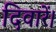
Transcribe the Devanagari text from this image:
दिवारें।